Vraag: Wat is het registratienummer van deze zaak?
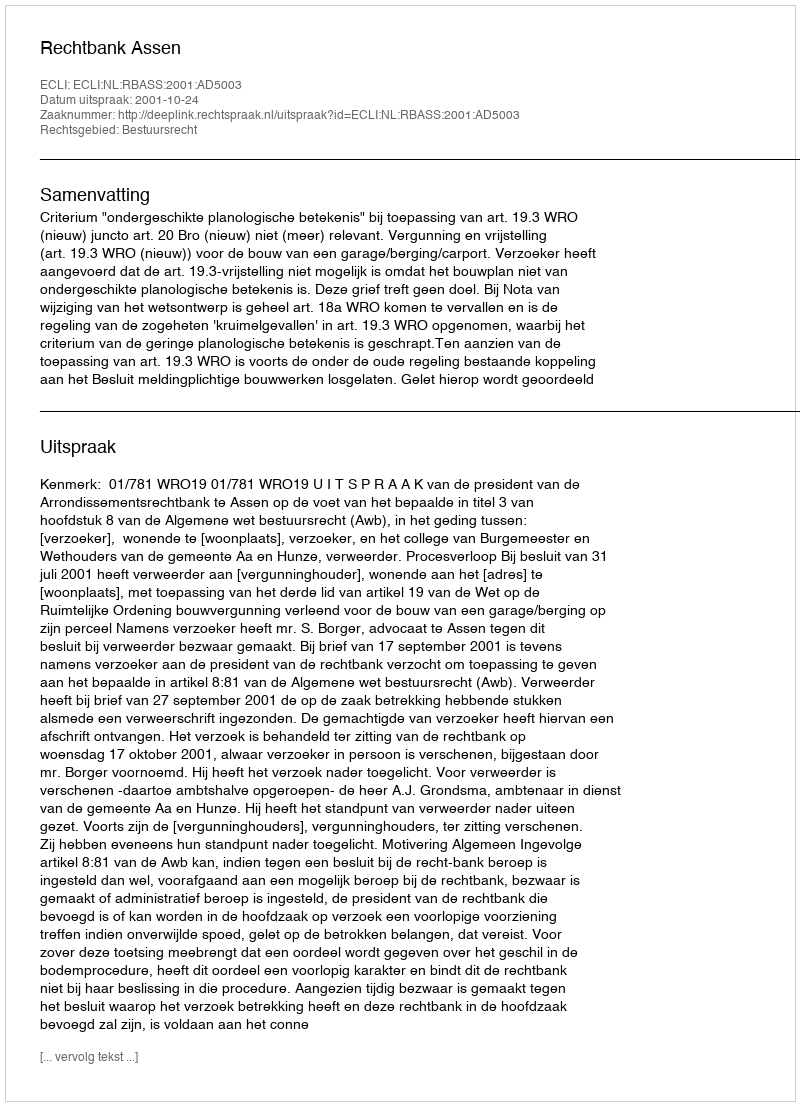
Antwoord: http://deeplink.rechtspraak.nl/uitspraak?id=ECLI:NL:RBASS:2001:AD5003